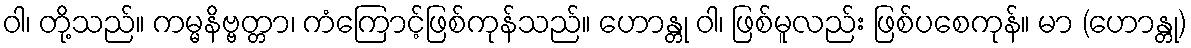
ဝါ၊ တို့သည်။ ကမ္မနိဗ္ဗတ္တာ၊ ကံကြောင့်ဖြစ်ကုန်သည်။ ဟောန္တု ဝါ၊ ဖြစ်မူလည်း ဖြစ်ပစေကုန်။ မာ (ဟောန္တု)